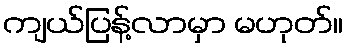
ကျယ်ပြန့်လာမှာ မဟုတ်။